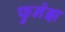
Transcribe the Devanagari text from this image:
फुनेझ